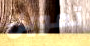
تمويل